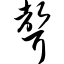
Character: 声